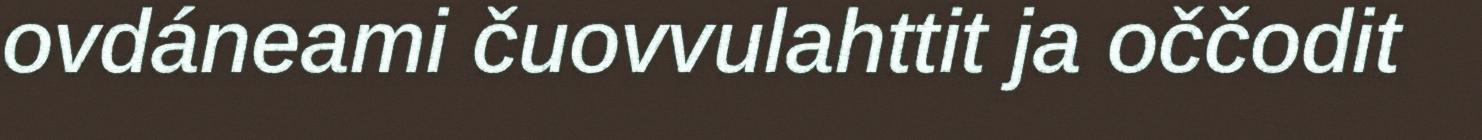
ovdáneami čuovvulahttit ja oččodit